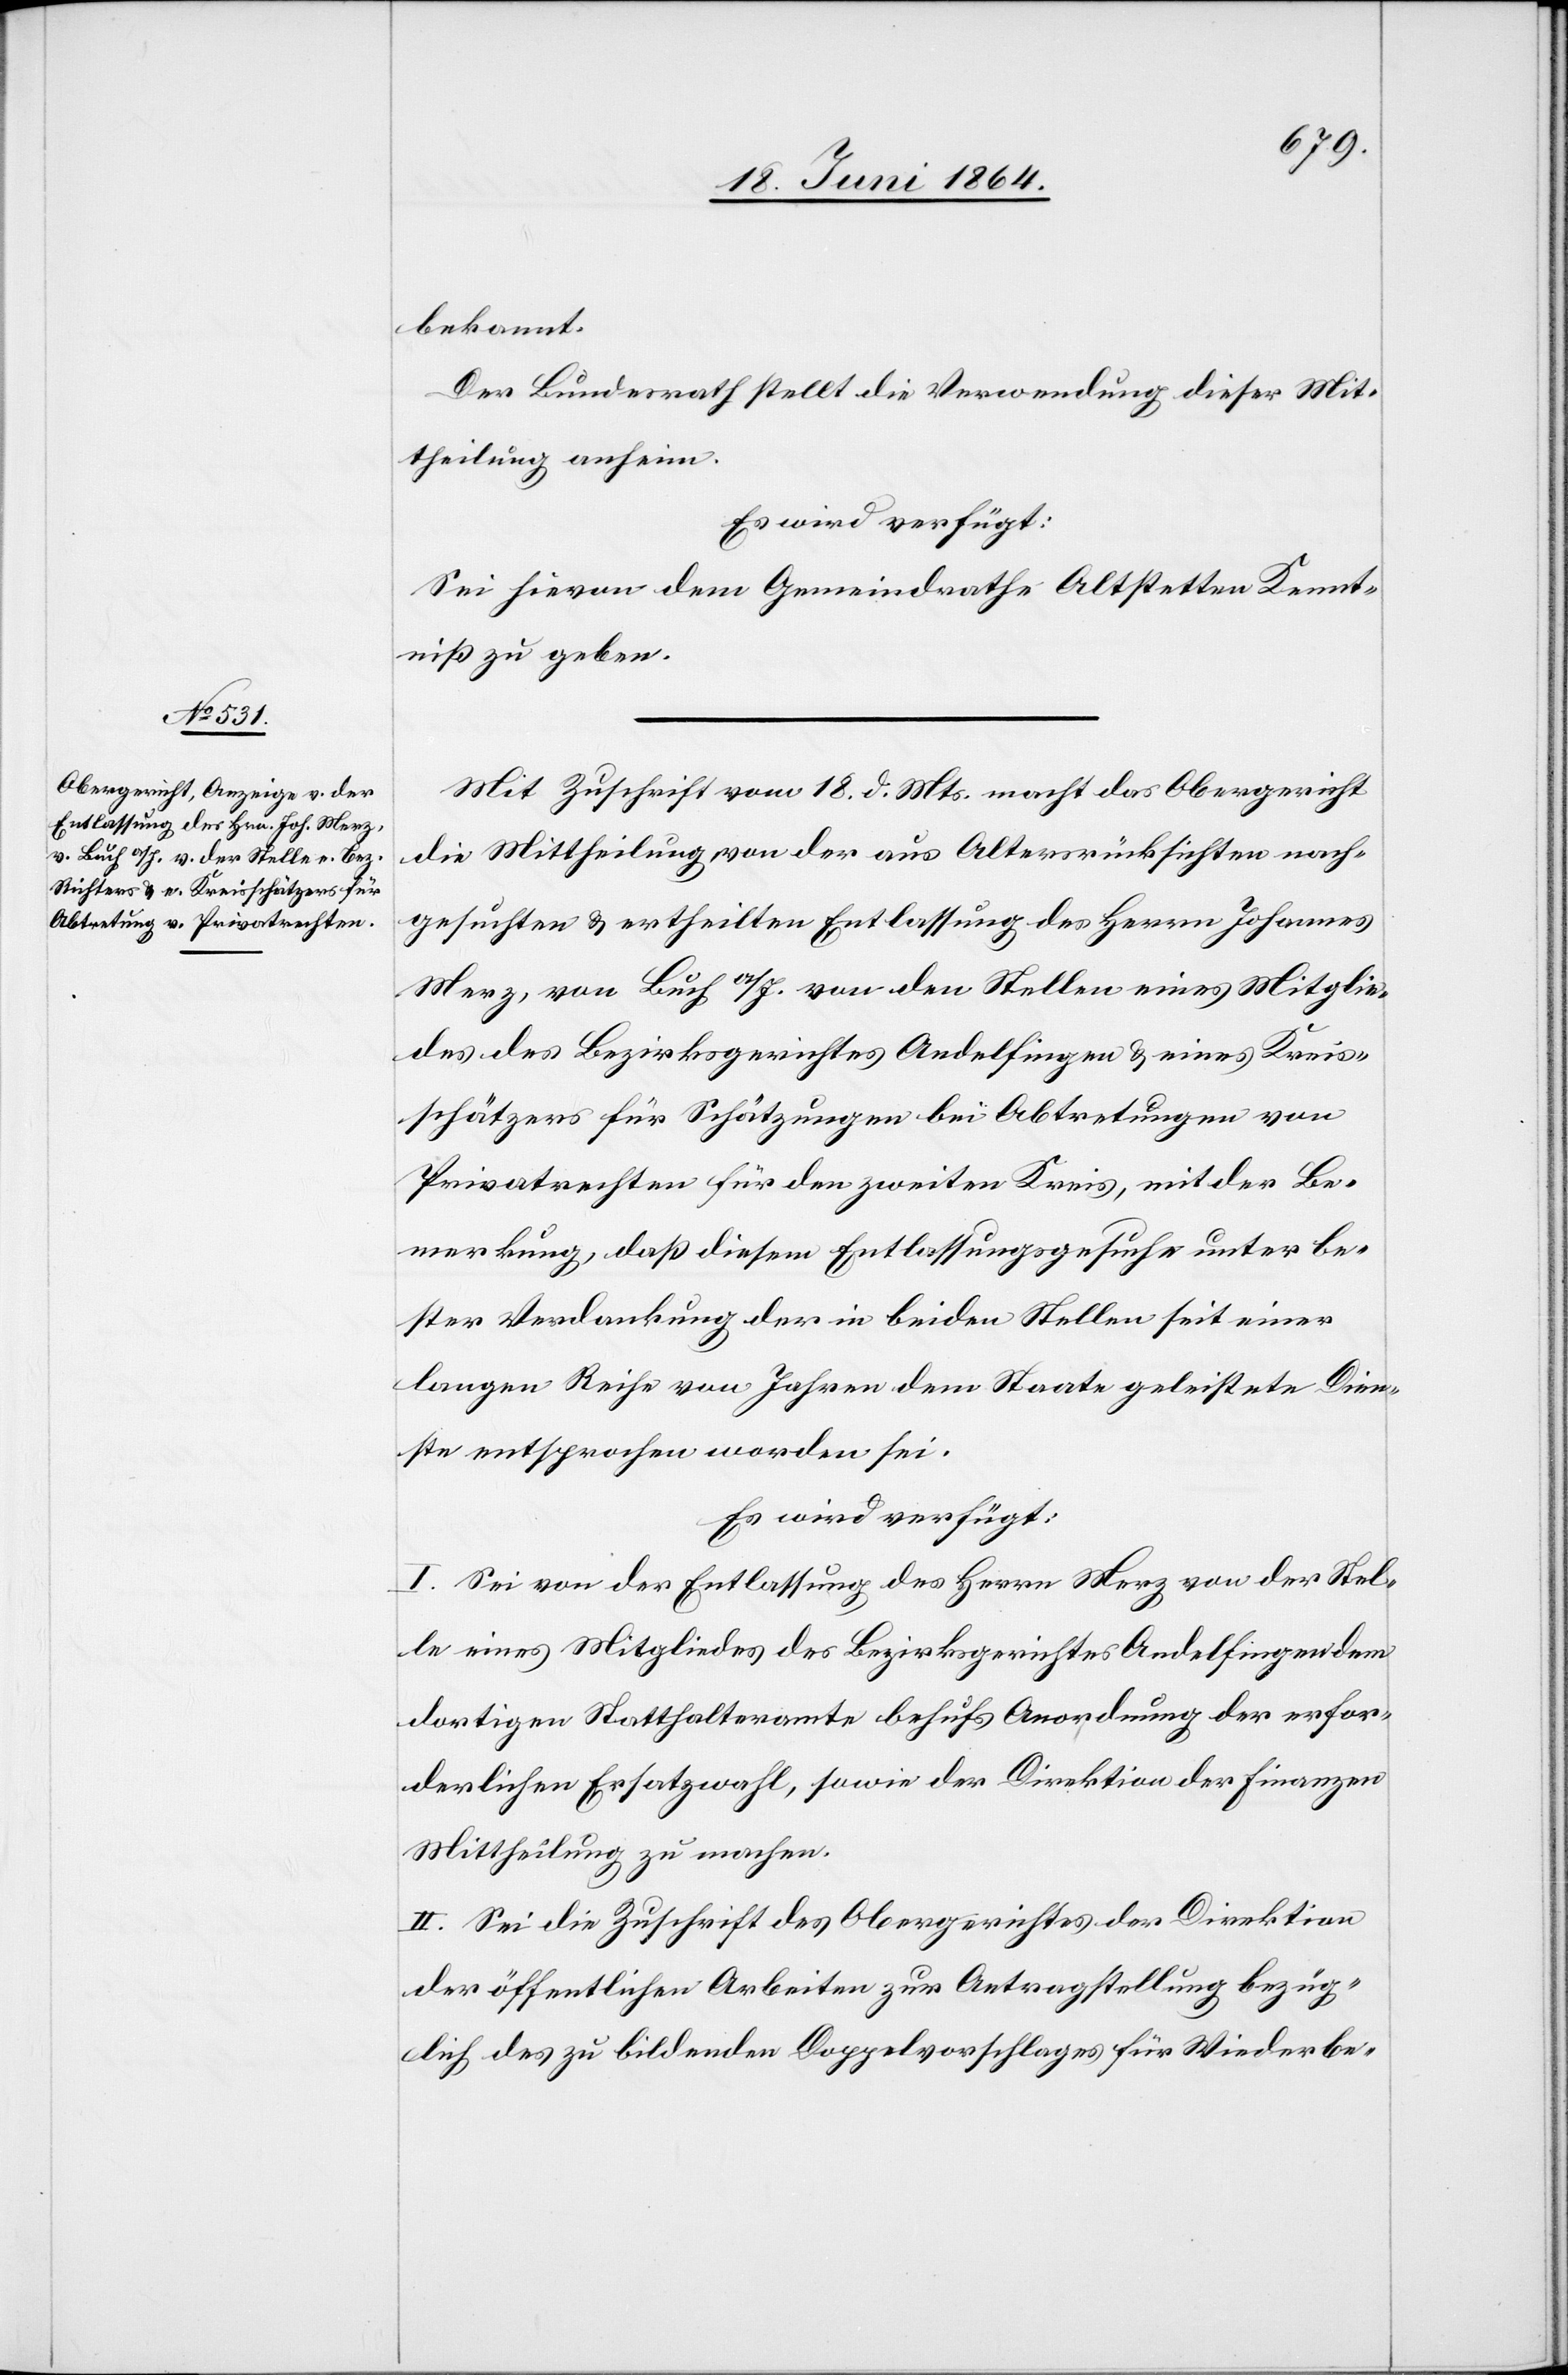
20. Juni 1864.]
bekannt.
Der Bundesrath stellt die Verwendung dieser Mit¬
theilung anheim.
Es wird verfügt:
Sei hievon dem Gemeindrathe Altstetten Kennt¬
niß zu geben.
Mit Zuschrift vom 18. d. Mts. macht das Obergericht
die Mittheilung von der aus Altersrücksichten nach¬
gesuchten u. ertheilten Entlassung des Herrn Johannes
Merz, von Buch a/I. von den Stellen eines Mitglie¬
des des Bezirksgerichtes Andelfingen u. eines Kreis¬
schätzers für Schätzungen bei Abtretungen von
Privatrechten für den zweiten Kreis, mit der Be¬
merkung, daß diesem Entlassungsgesuche unter be¬
ster Verdankung der in beiden Stellen seit einer
langen Reihe von Jahren dem Staate geleisteten Dien¬
ste entsprochen worden sei.
Es wird verfügt:
I. Sei von der Entlassung des Herrn Merz von der Stel¬
le eines Mitgliedes des Bezirksgerichtes Andelfingen dem
dortigen Statthalteramte behufs Anordnung der erfor¬
derlichen Ersatzwahl, sowie der Direktion der Finanzen
Mittheilung zu machen.
II. Sei die Zuschrift des Obergerichtes der Direktion
der öffentlichen Arbeiten zur Antragstellung bezüg¬
lich des zu bildenden Doppelvorschlages für Wiederbe-